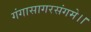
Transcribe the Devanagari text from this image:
गंगासागरसंगमे।।